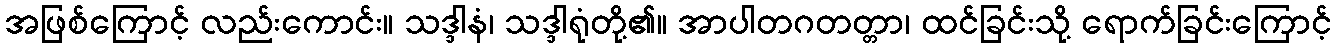
အဖြစ်ကြောင့် လည်းကောင်း။ သဒ္ဒါနံ၊ သဒ္ဒါရုံတို့၏။ အာပါတဂတတ္တာ၊ ထင်ခြင်းသို့ ရောက်ခြင်းကြောင့်